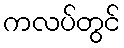
ကလပ်တွင်